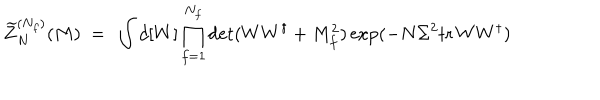
LaTeX: \widetilde { Z } _ { N } ^ { ( N _ { f } ) } ( M ) \ = \ \int d [ W ] \prod _ { f = 1 } ^ { N _ { f } } \det ( W W ^ { \dagger } + M _ { f } ^ { 2 } ) \exp ( - N \Sigma ^ { 2 } { \mathrm { t r } \, } W W ^ { \dagger } )